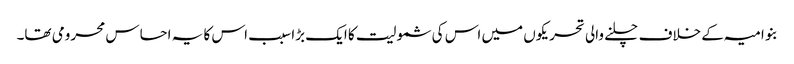
بنو امیہ کے خلاف چلنے والی تحریکوں میں اس کی شمولیت کا ایک بڑا سبب اس کا یہ احساس محرومی تھا۔